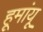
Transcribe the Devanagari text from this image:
हूमांयू